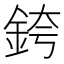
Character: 銙